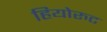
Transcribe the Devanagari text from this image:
हियोरुट